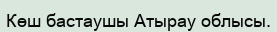
Көш бастаушы Атырау облысы.